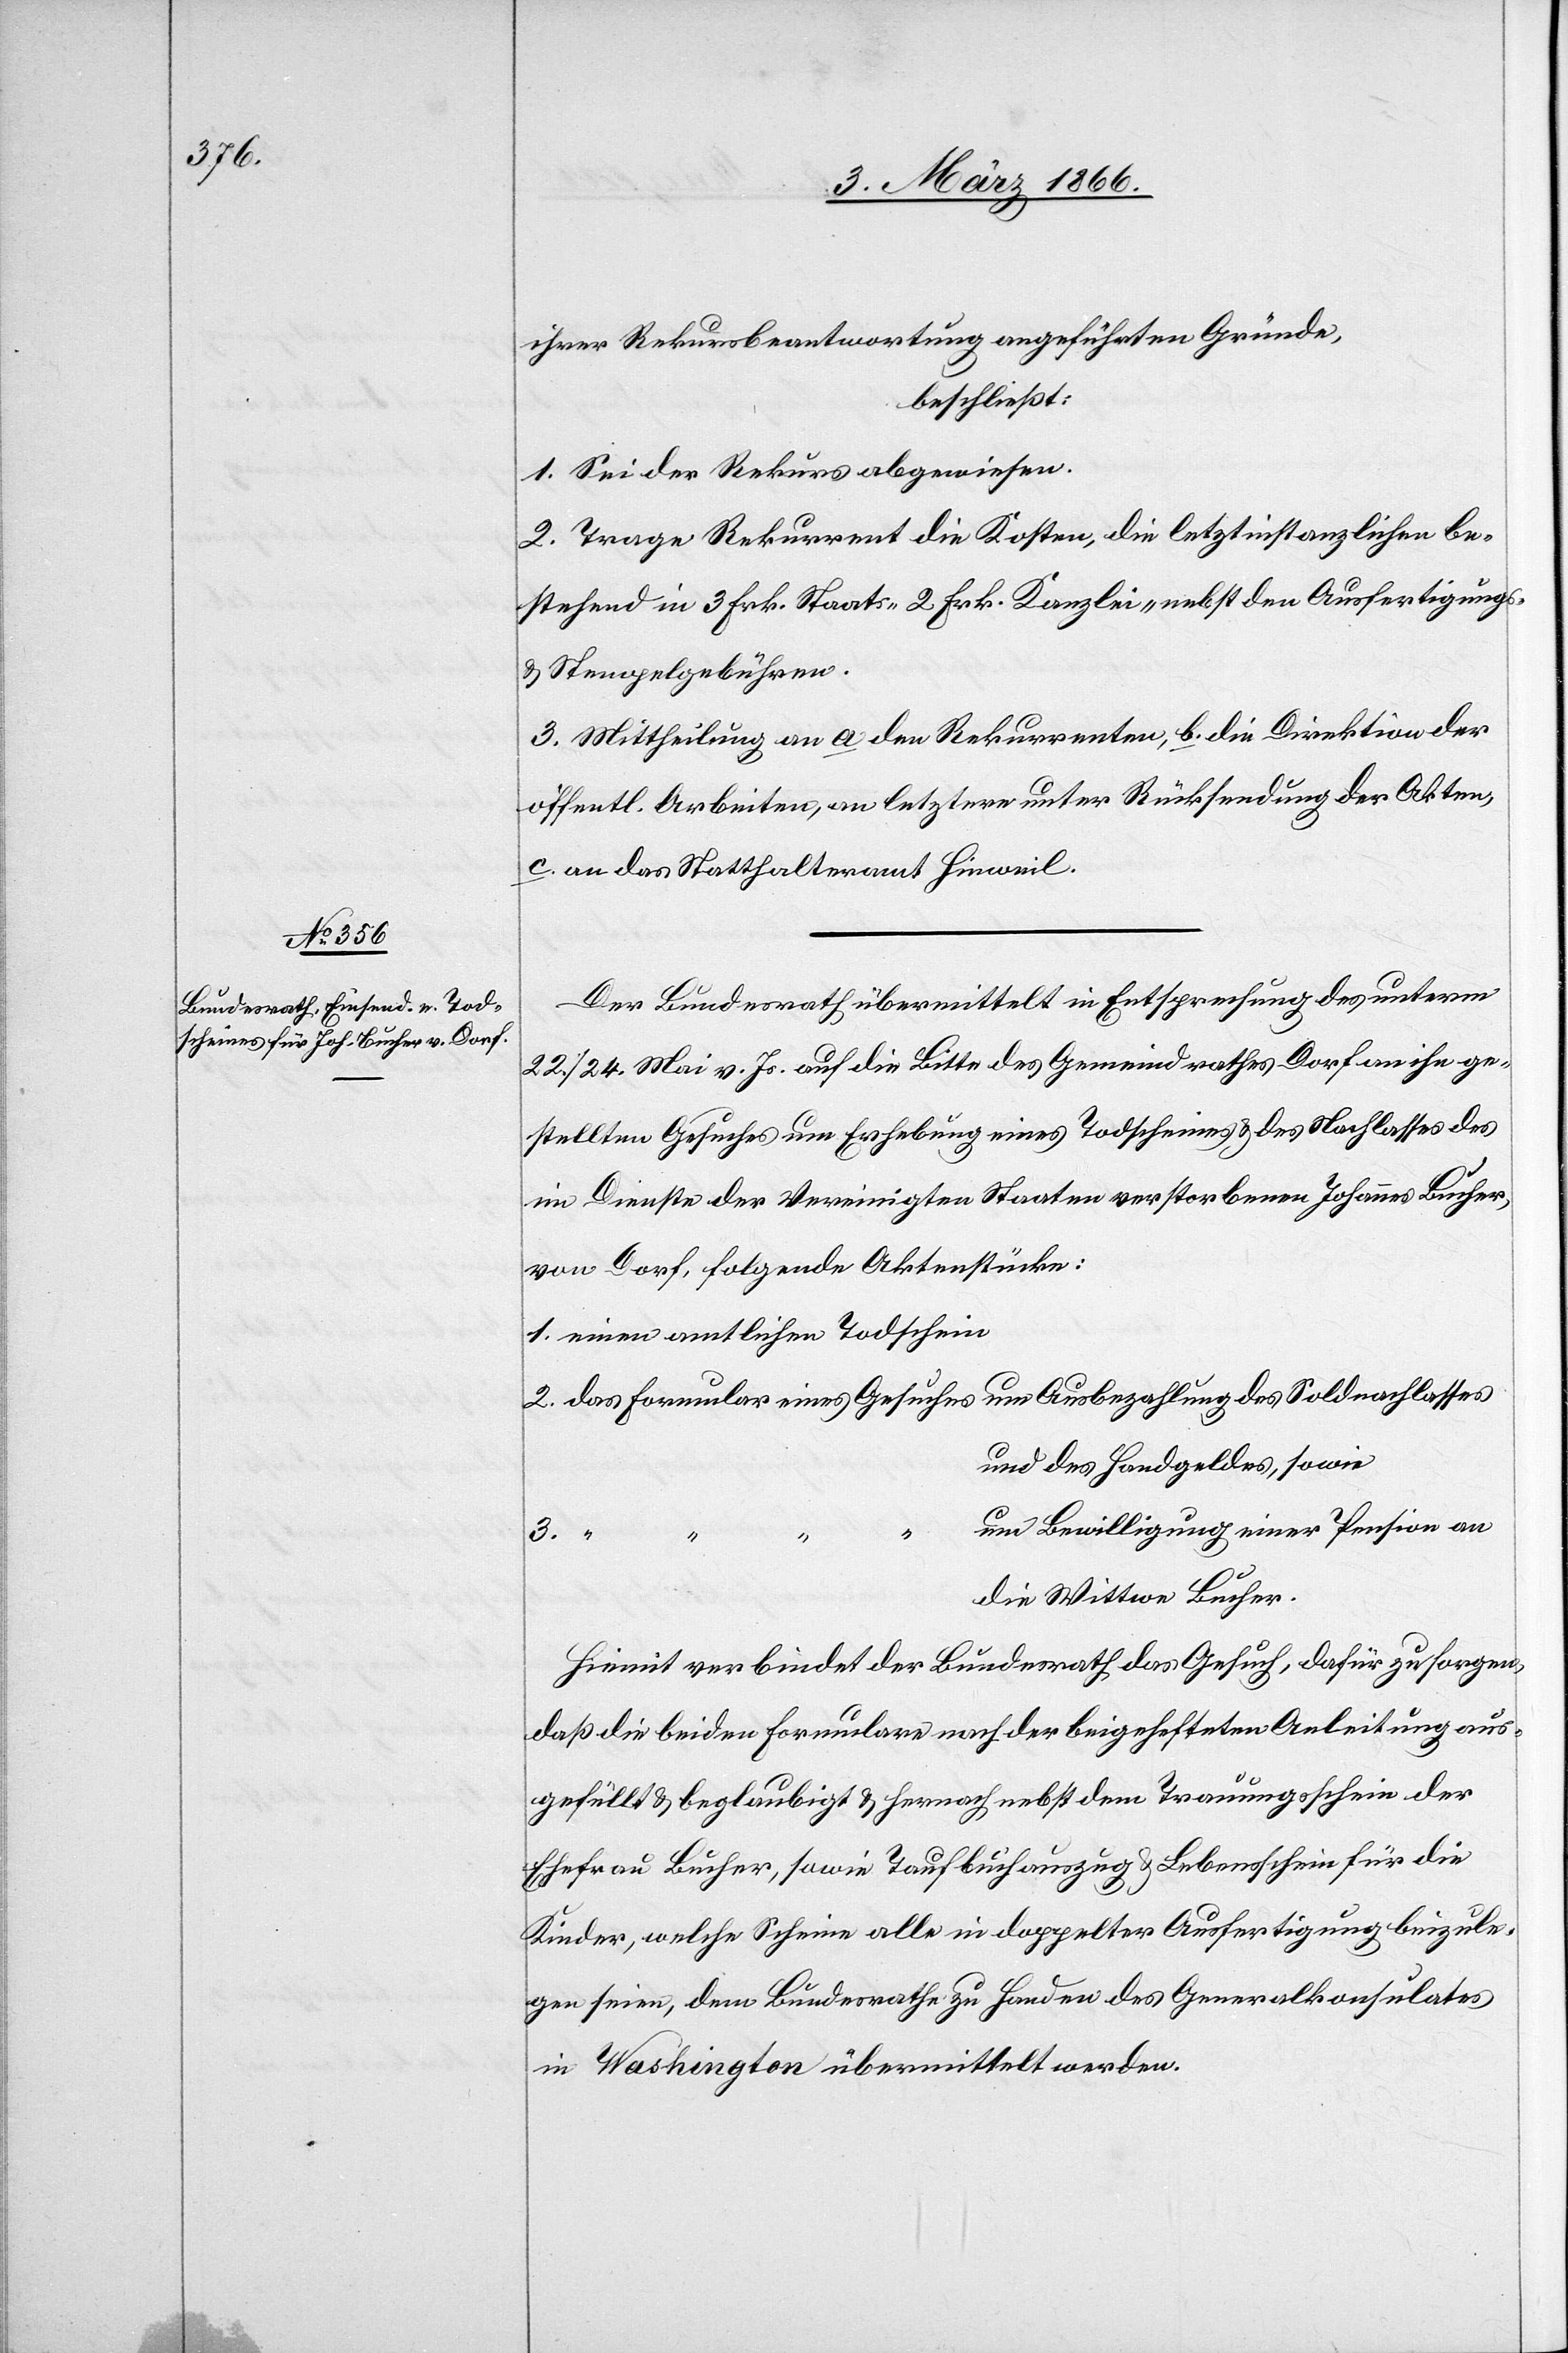
Der Bundesrath übermittelt in Entsprechung des unterm
22. / 24. Mai v. Js. auf die Bitte des Gemeindrathes Dorf an ihn ge¬
stellten Gesuches um Erhebung eines Todscheines u. des Nachlasses des
im Dienste der Vereinigten Staaten verstorbenen Johannes Bucher
von Dorf, folgende Aktenstücke:
1. einen amtlichen Todschein
und des Handgeldes, sowie
um Bewilligung einer Pension an
3.
die Wittwe Bucher.
Hiemit verbindet der Bundesrath das Gesuch, dafür zu sorgen,
daß die beiden Formulare nach der beigehefteten Anleitung aus¬
gefüllt u. beglaubigt u. hernach nebst dem Trauungsschein der
Ehefrau Bucher, sowie Taufbuchauszug u. Lebensschein für die
Kinder, welche Scheine alle in doppelter Ausfertigung beizule¬
gen seien, dem Bundesrathe zu Handen des Generalkonsulates
in Washington übermittelt werden.